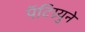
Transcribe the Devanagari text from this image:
पॅटिग्र्युने